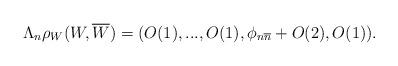
LaTeX: \begin{align*}\Lambda_{n}\rho_{W}(W, \overline{W})=(O(1), ..., O(1), \phi_{n\overline{n}}+O(2), O(1)).\end{align*}